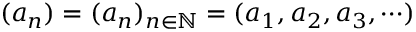
( a _ { n } ) = ( a _ { n } ) _ { n \in \mathbb { N } } = ( a _ { 1 } , a _ { 2 } , a _ { 3 } , \cdots )